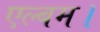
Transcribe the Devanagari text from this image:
एल्बम।